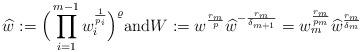
LaTeX: \begin{align*}\widehat{w}:=\Big(\prod_{i=1}^{m-1}w_i^{\frac1{p_i}}\Big)^{\varrho}\mbox{and}W:=w^{\frac{r_m}{p}} \widehat{w}^{- \frac{r_m}{\delta_{m+1}}}=w_m^{\frac{r_m}{p_m}}\widehat{w}^{\frac{r_m}{\delta_m}}\end{align*}